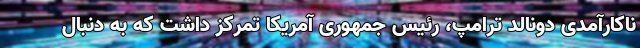
ناکارآمدی دونالد ترامپ، رئیس جمهوری آمریکا تمرکز داشت که به دنبال